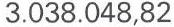
3.038.048,82